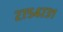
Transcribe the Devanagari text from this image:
२७५४७३१